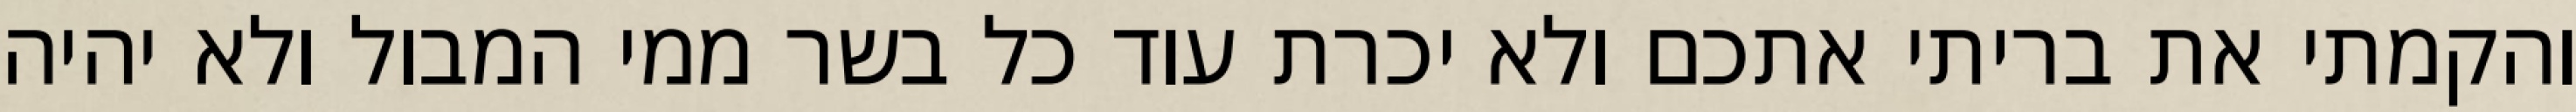
והקמתי את בריתי אתכם ולא יכרת עוד כל בשר ממי המבול ולא יהיה